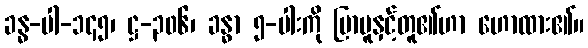
ခန္ဓ-ပါ-၁၄၅၊ ဋ္ဌ-၃၀၆၊ ခန္ဓာ ၅-ပါးကို ပြာပူနှင့်တူ၏ဟာ ဟောထား၏။